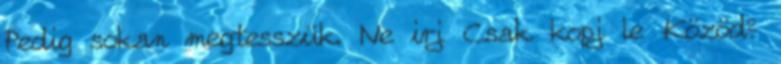
Pedig sokan megtesszük. Ne irj Csak kopj le Közöd?